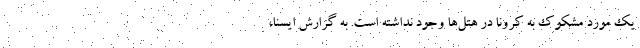
یک مورد مشکوک به کرونا در هتل‌ها وجود نداشته است. به گزارش ایسنا،